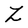
Character: Z